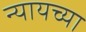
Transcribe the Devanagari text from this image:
न्यायच्या